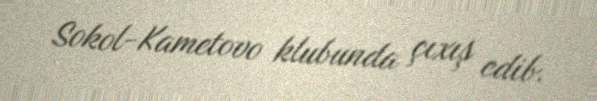
Sokol-Kametovo klubunda çıxış edib.